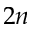
2 n